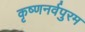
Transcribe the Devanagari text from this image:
कृष्णनर्वपुरम